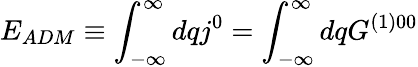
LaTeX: E_{ADM}\equiv\int_{-\infty}^{\infty}dqj^{0}=\int_{-\infty}^{\infty}dqG^{(1)00}